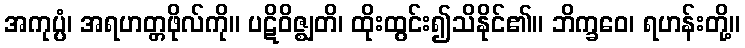
အကုပ္ပံ၊ အရဟတ္တဖိုလ်ကို။ ပဋိဝိဇ္ဈတိ၊ ထိုးထွင်း၍သိနိုင်၏။ ဘိက္ခဝေ၊ ရဟန်းတို့။